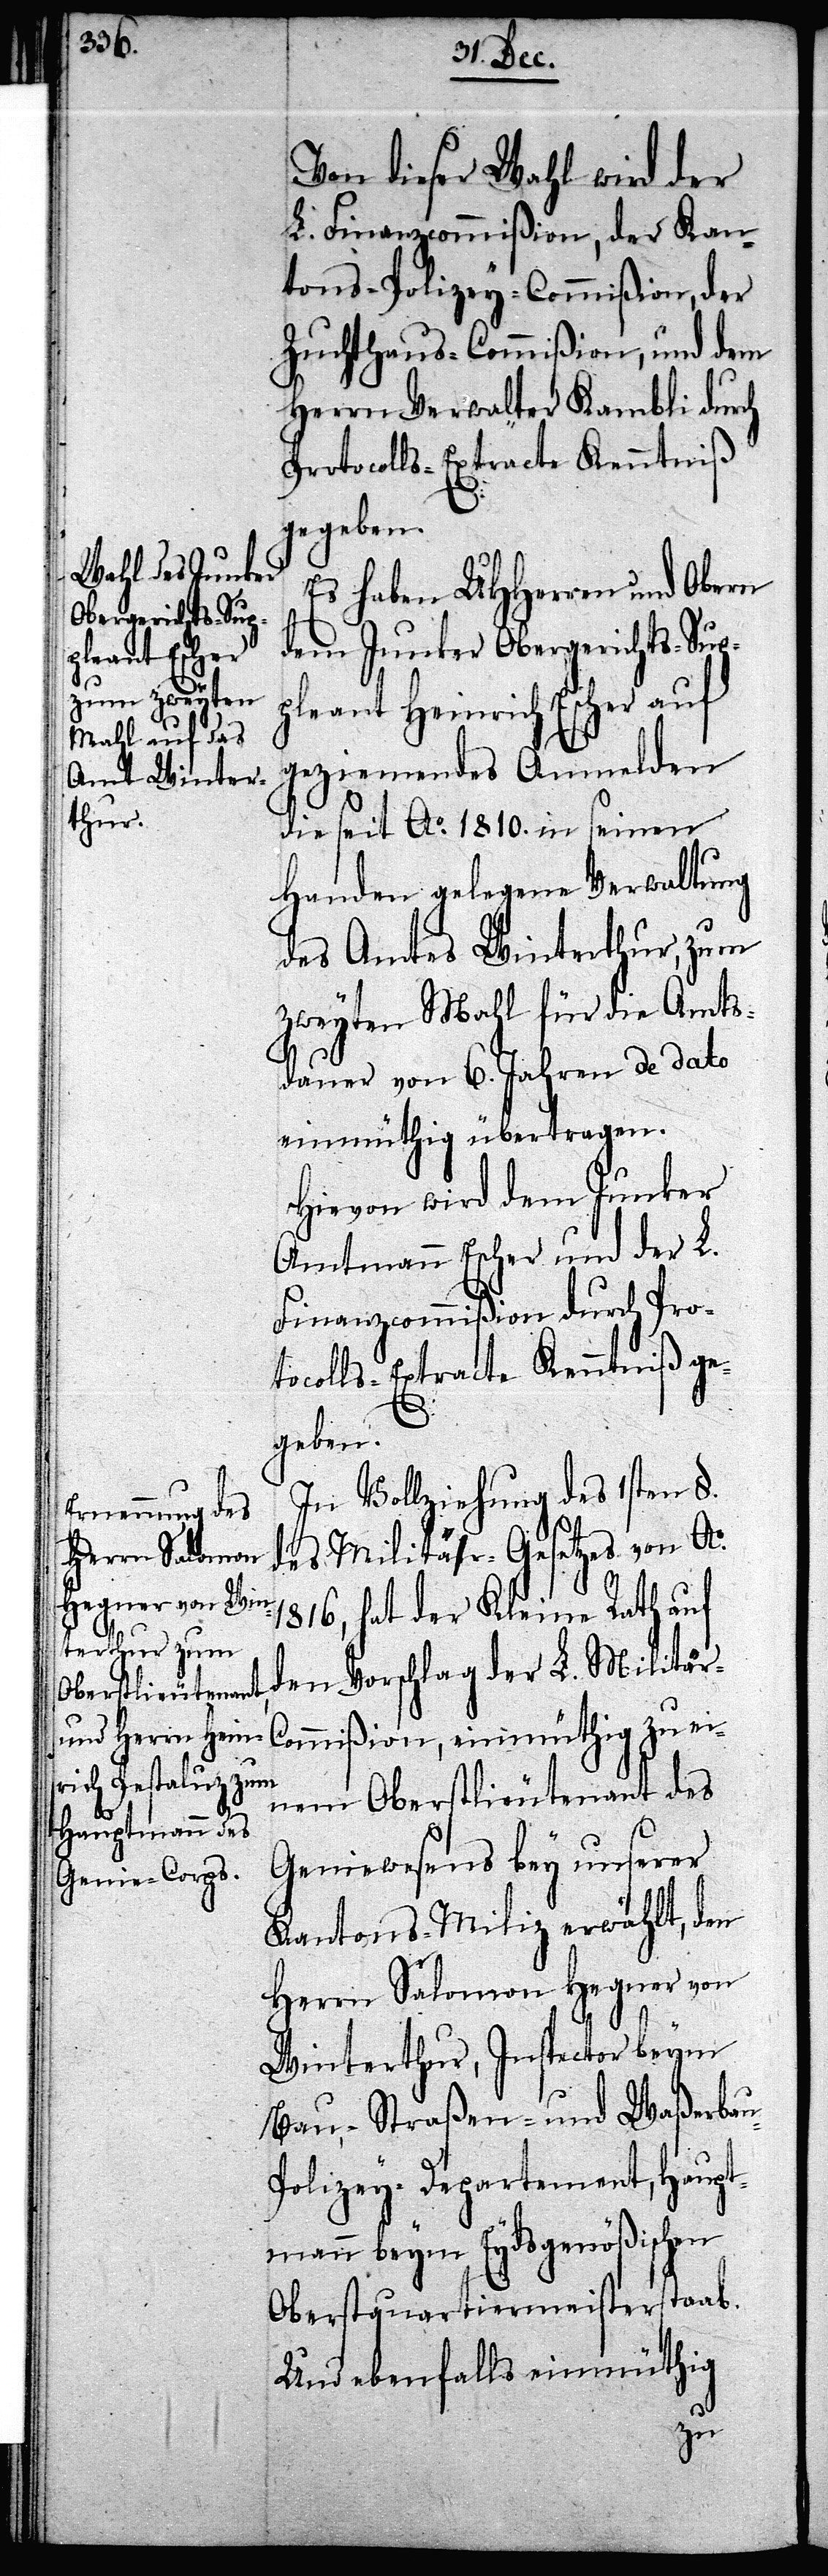
Von dieser Wahl wird der
L. Finanzcommißion, der Kan¬
tons-Polizey-Commißion, der
Zuchthaus-Commißion, und dem
Herrn Verwalter Kambli durch
Protocolls-Extracte Kenntniß
gegeben.
Es haben UHHerren und Obern
dem Junker Obergerichts-Sup¬
pleant Heinrich Escher auf
geziemendes Anmelden
die seit Ao. 1810. in seinen
Handen gelegene Verwaltung
des Amtes Winterthur, zum
zweyten Mahl für die Amts¬
dauer von 6. Jahren de dato
einmüthig übertragen.
Hievon wird dem Junker
Amtmann Escher und der L.
Finanzcommißion durch Pro¬
tocolls-Extracte Kenntniß ge¬
geben.
In Vollziehung des 1sten §.
des Militär-Gesetzes von Ao.
1816, hat der Kleine Rath auf
den Vorschlag der L. Militär-C¬
ommißion, einmüthig zu ei¬
nem Oberstlieutenant des
Geniewesens bey unserer
Kantons-Miliz erwählt, den
Herrn Salomon Hegner von
Winterthur, Inspector beym
Bau- Straßen- und Waßerba¬
olizey-Departement, Haupt¬
mann beym Eydsgenößischen
Oberstquartiermeisterstaab.
Und ebenfalls einmühtig
u-P¬